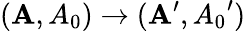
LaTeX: ({\mathbf A},{A_{0}})\rightarrow({\mathbf A}^{\prime},{A_{0}}^{\prime})